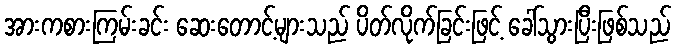
အားကစားကြမ်းခင်း ဆေးတောင့်များသည် ပိတ်လိုက်ခြင်းဖြင့် ခေါ်သွားပြီးဖြစ်သည်